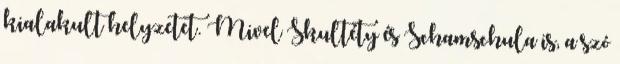
kialakult helyzetet. Mivel Skultéty és Schamschula is, a szó